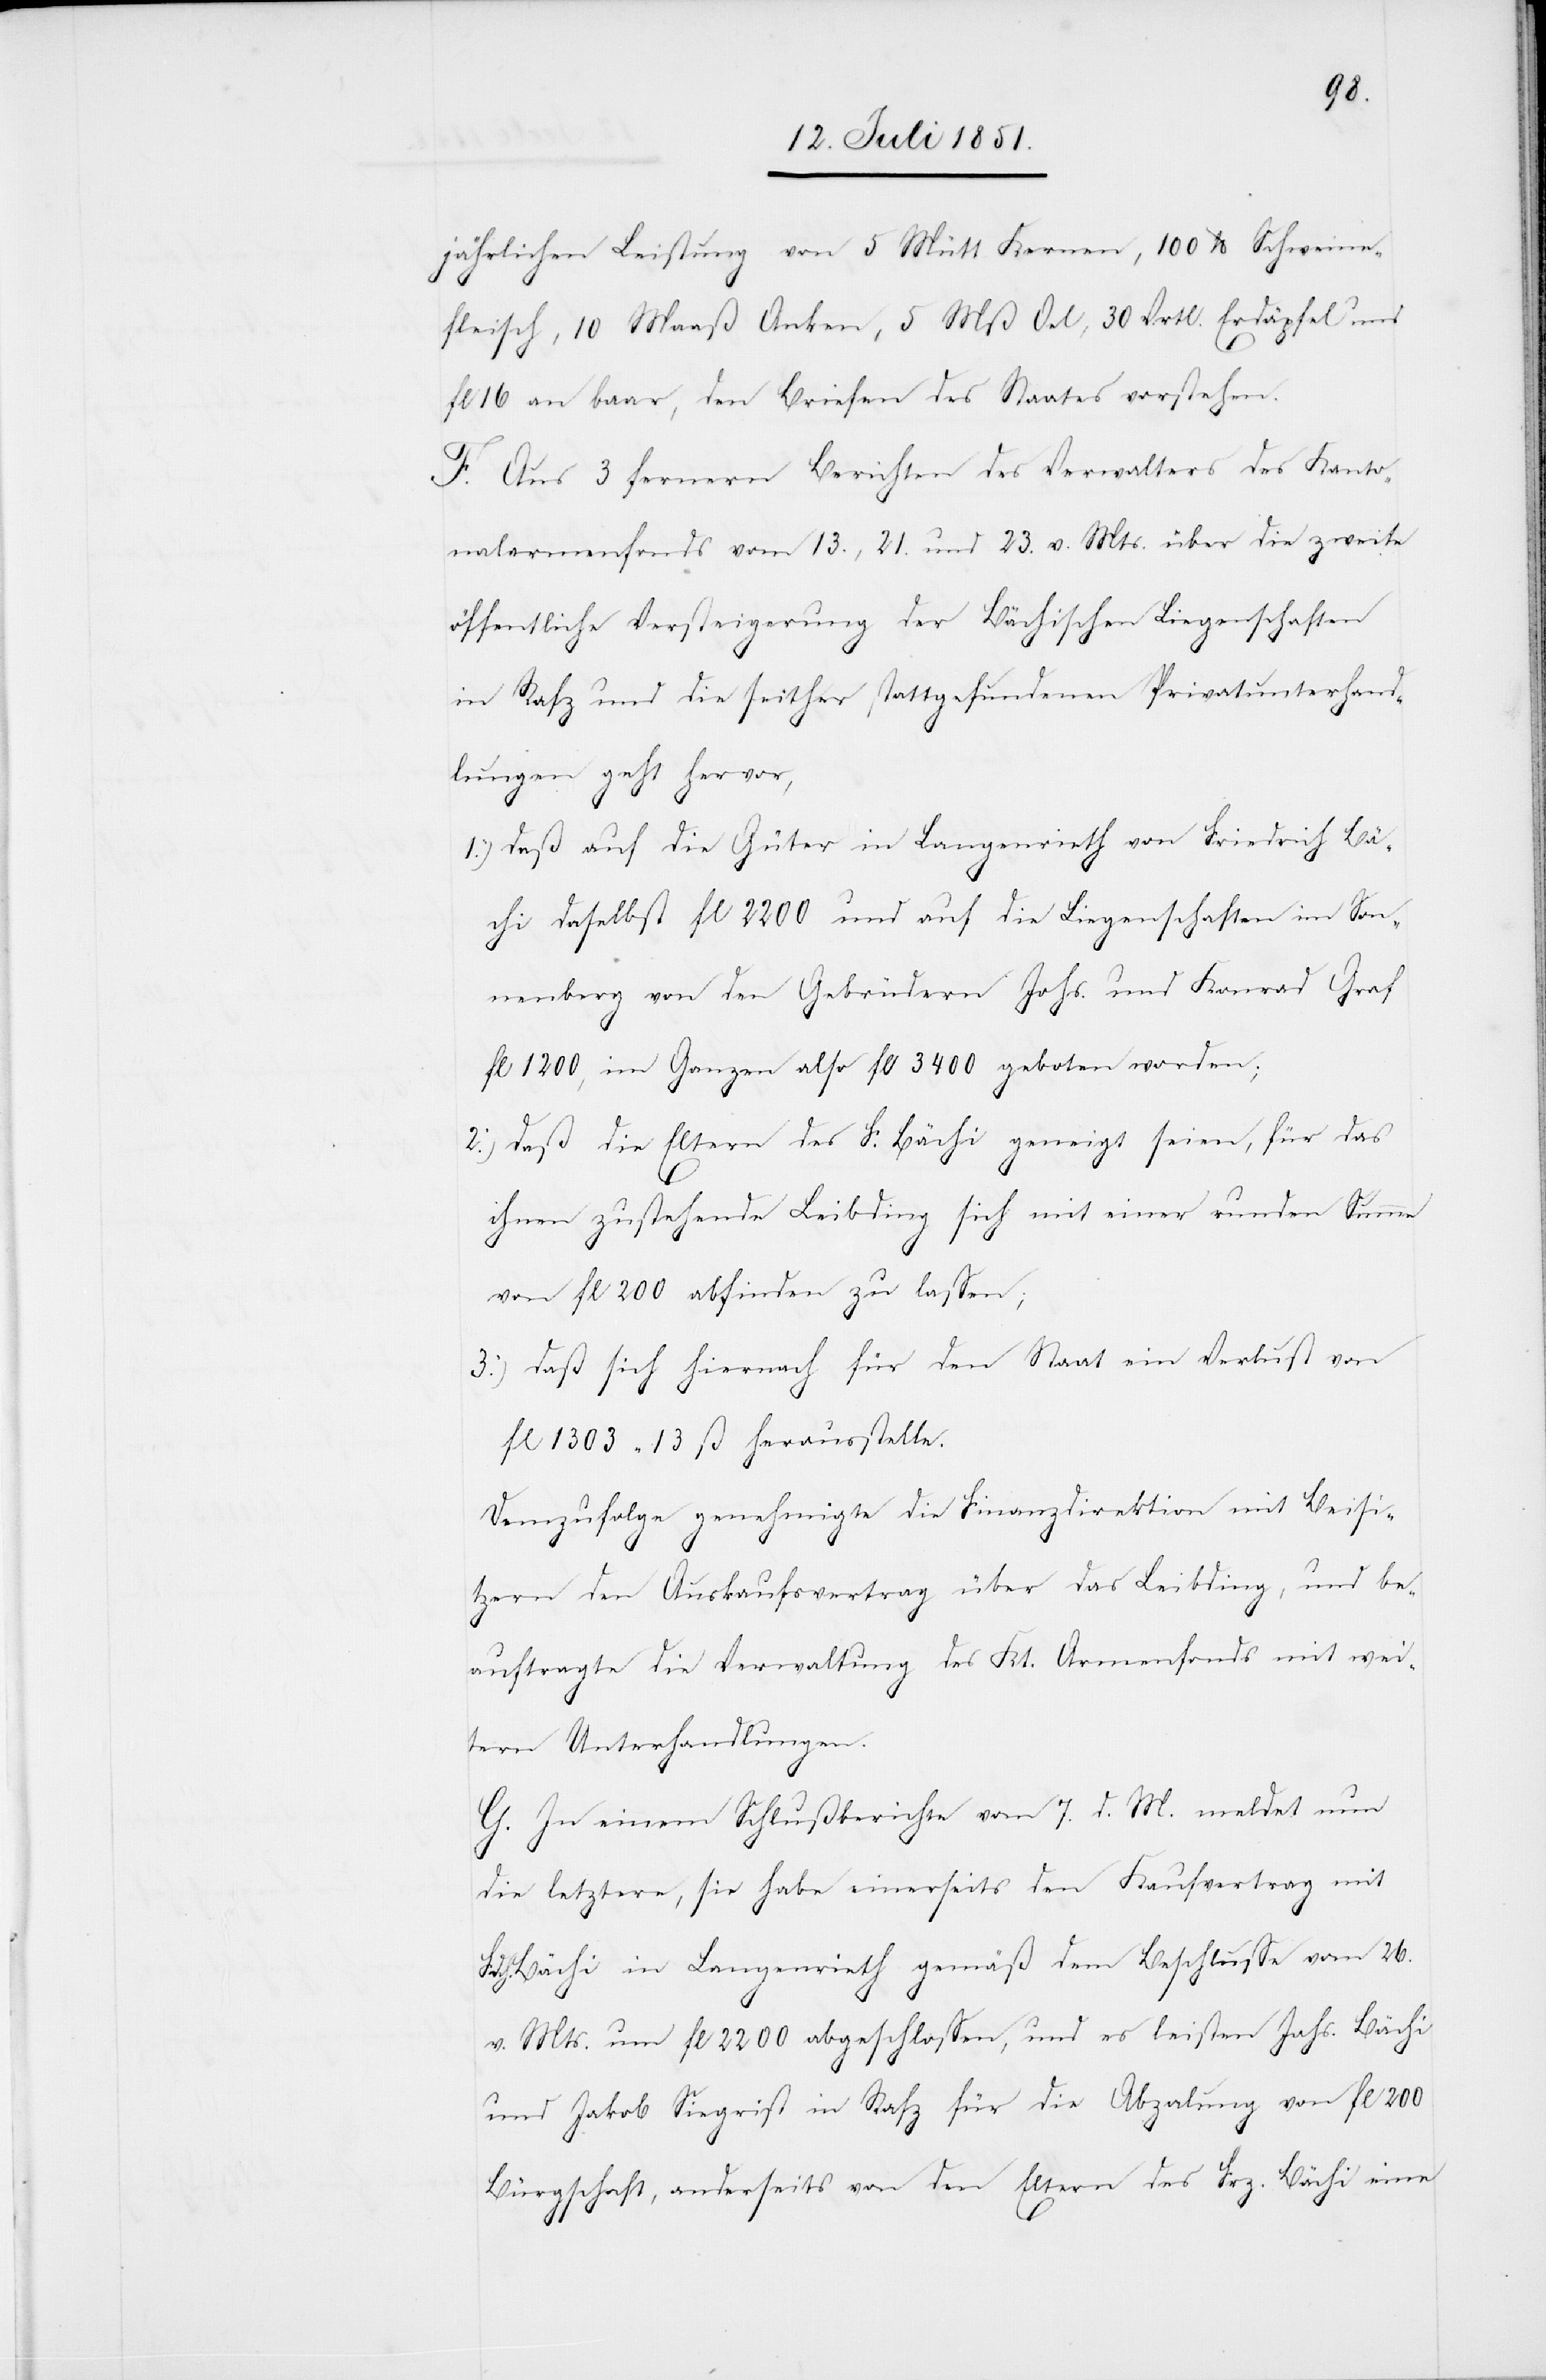
jährlichen Leistung von 5 Mütt Kernen, 100 lb Schweine¬
fleisch, 10 Maaß Anken, 5 Mß Oel, 30 Vrtl. Erdäpfel und
fl 16 an baar, den Briefen des Staates vorstehen.
F. Aus 3 fernern Berichten des Verwalters des Kanto¬
nalarmenfonds vom 13., 21. und 23. v. Mts. über die zweite
öffentliche Versteigerung der Bächischen Liegenschaften
in Rafz und die seither stattgefundenen Privatunterhand¬
lungen geht hervor,
daß auf die Güter in Langenrieth von Friedrich Bä¬
chi daselbst fl 2200 und auf die Liegenschaften im Son¬
nenberg von den Gebrüdern Johs. und Konrad Graf
fl 1200, im Ganzen also fl 3400 geboten worden;
daß die Eltern des F. Bächi geneigt seien, für das
ihnen zustehende Leibding sich mit einer runden Summe
von fl 200 abfinden zu lassen;
daß sich hiernach für den Staat ein Verlust von
fl 1303 13 ß herausstelle.
Demzufolge genehmigte die Finanzdirektion mit Beisi¬
tzern den Auskaufsvertrag über das Leibding, und be¬
auftragte die Verwaltung des Kt. Armenfonds mit wei¬
tern Unterhandlungen.
G. In einem Schlußberichte vom 7. d. M. meldet nun
3.)
die letztere, sie habe einerseits den Kaufvertrag mit
Fdch. Bächi in Langenrieth gemäß dem Beschlusse vom 26.
v. Mts. um fl 2200 abgeschlossen, und es leisten Johs. Bächi
und Jakob Siegrist in Rafz für die Abza[h]lung von fl 200
Bürgschaft, anderseits von den Eltern des Frz. Bächi eine